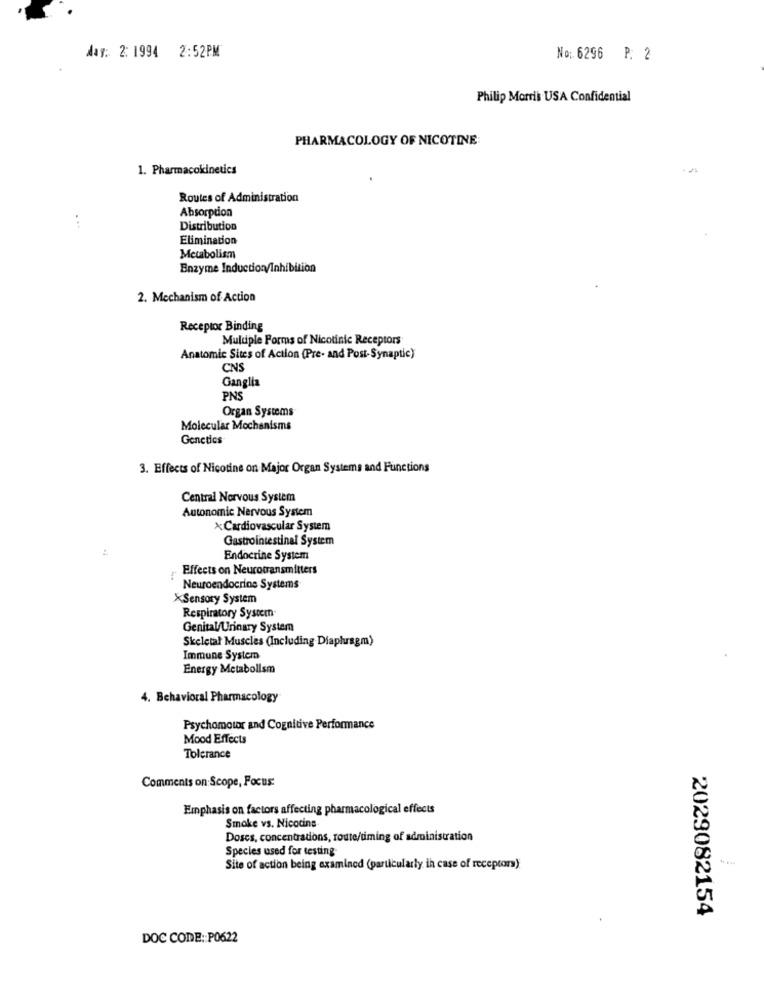
day: 2: 1994 2:52PM
No: 6296 P. 2
Philip Morris USA Confidential
PHARMACOLOGY OF NICOTINE:
1. Pharmacokinetics
Routes of Administration
Absorption
...
Distribution
Elimination
Metabolism
Enzyme Induction/Inhib
ion
2. Mechanism of Action
Receptor Binding
Multiple Forms of Nicotinic Receptors
Anatomic Sites of Action (Pre- and Post-Synaptic)
CNS
Ganglia
PNS
Organ Systems
Molecular Mechanisms
Genetics
3. Effects of Nicotine on Major Organ Systems and Functions
Central Nervous System
Autonomic Nervous System
xCardiovascular System
Gastrointestinal System
Endocrine System
Effects on Neurotransmitters
Neuroendocrine Systems
XSensory System
Respiratory System
Genital/Urinary System
Skeletal Muscles (Including Diaphragm)
Immune System
Energy Metabolism
4. Behavioral Pharmacology
Psychomotor and Cognitive Performance
Mood Effects
Tolerance
Comments on:Scope, Focus:
Emphasis on factors affecting pharmacological effects
Smoke vs. Nicotina
Doscs, concentrations, route/timing of administration
Species used for testing
Site of action being examined (particularly in case of receptors)
2029082154
DOC CODE :: P0622